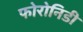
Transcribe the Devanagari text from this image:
फोरोनिडी